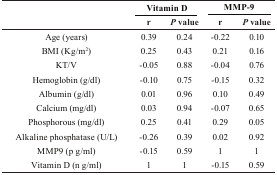
| <ROWSPAN=3>  | <COLSPAN=2> Vitamin D | <COLSPAN=2> MMP-9 |
 | r | P value | r | P value |
 | --- | --- | --- | --- | --- |
 | Age (years) | 0.39 | 0.24 | -0.22 | 0.10 |
 | BMI (Kg/m2) | 0.25 | 0.43 | 0.21 | 0.16 |
 | KT/V | -0.05 | 0.88 | -0.04 | 0.76 |
 | Hemoglobin (g/dl) | -0.10 | 0.75 | -0.15 | 0.32 |
 | Albumin (g/dl) | 0.01 | 0.96 | 0.10 | 0.49 |
 | Calcium (mg/dl) | 0.03 | 0.94 | -0.07 | 0.65 |
 | Phosphorous (mg/dl) | 0.25 | 0.41 | 0.29 | 0.05 |
 | Alkaline phosphatase (U/L) | -0.26 | 0.39 | 0.02 | 0.92 |
 | MMP9 (pg/ml) | -0.15 | 0.59 | 1 | 1 |
 | Vitamin D (ng/ml) | 1 | 1 | -0.15 | 0.59 |